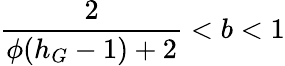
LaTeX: \frac{2}{\phi(h_{G}-1)+2}<b<1